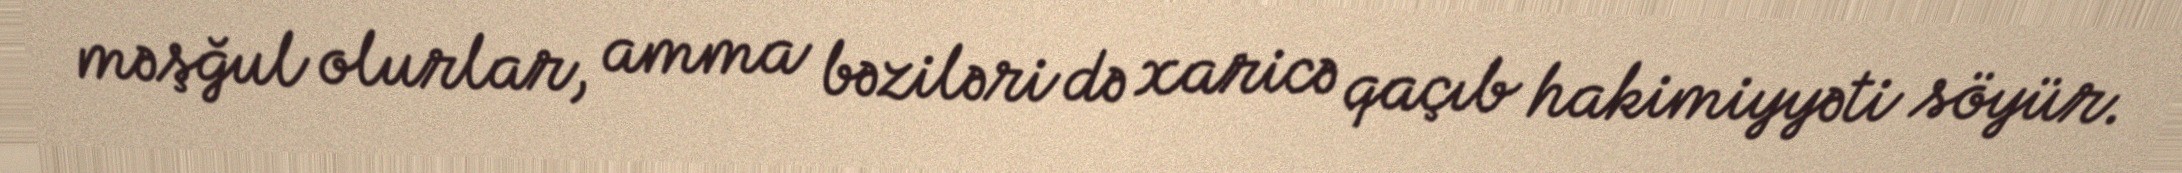
məşğul olurlar, amma bəziləri də xaricə qaçıb hakimiyyəti söyür.